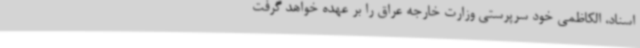
اسناد، الکاظمی خود سرپرستی وزارت خارجه عراق را بر عهده خواهد گرفت